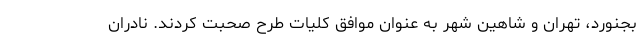
بجنورد، تهران و شاهین شهر به عنوان موافق کلیات طرح صحبت کردند. نادران